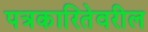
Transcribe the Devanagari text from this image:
पत्रकारितेवरील